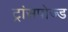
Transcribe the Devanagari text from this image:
ट्रांसपोज्ड